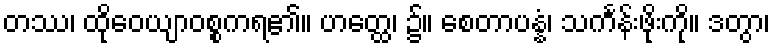
တဿ၊ ထိုဝေယျာဝစ္စကရ၏။ ဟတ္ထေ၊ ၌။ စေတာပန္နံ၊ သင်္ကန်းဖိုးကို။ ဒတွာ၊